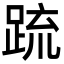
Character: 䟽